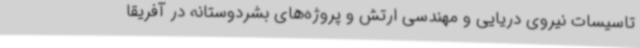
تاسیسات نیروی دریایی و مهندسی ارتش و پروژه‌های بشردوستانه در آفریقا